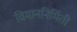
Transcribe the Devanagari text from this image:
विमाननिर्मिती